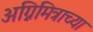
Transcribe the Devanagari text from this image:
अग्निमित्राच्या